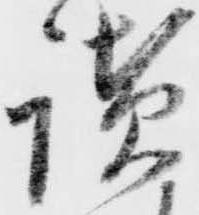
讃